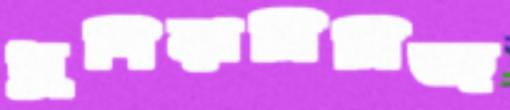
ধুপিয়াসিসিজ